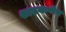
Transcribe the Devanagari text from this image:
शाठयानीय